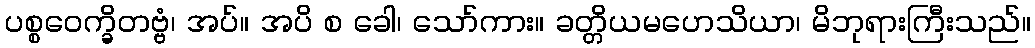
ပစ္စဝေက္ခိတဗ္ဗံ၊ အပ်။ အပိ စ ခေါ၊ သော်ကား။ ခတ္တိယမဟေသိယာ၊ မိဘုရားကြီးသည်။